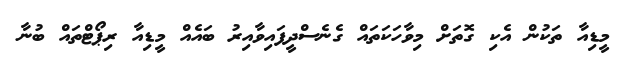
މީޑިއާ ތަކުން އެކި ގޮތަށް މިވާހަކަތައް ގެނެސްދީފައިވާއިރު ބައެއް މީޑިއާ ރިޕޯޓްތައް ބުނާ